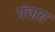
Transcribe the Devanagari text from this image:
पंचाय